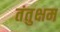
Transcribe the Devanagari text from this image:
तंतुक्षम